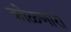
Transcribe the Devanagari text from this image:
कोळणारा